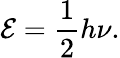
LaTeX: {\mathcal{E}}={\frac{{1}}{{2}}}h\nu.